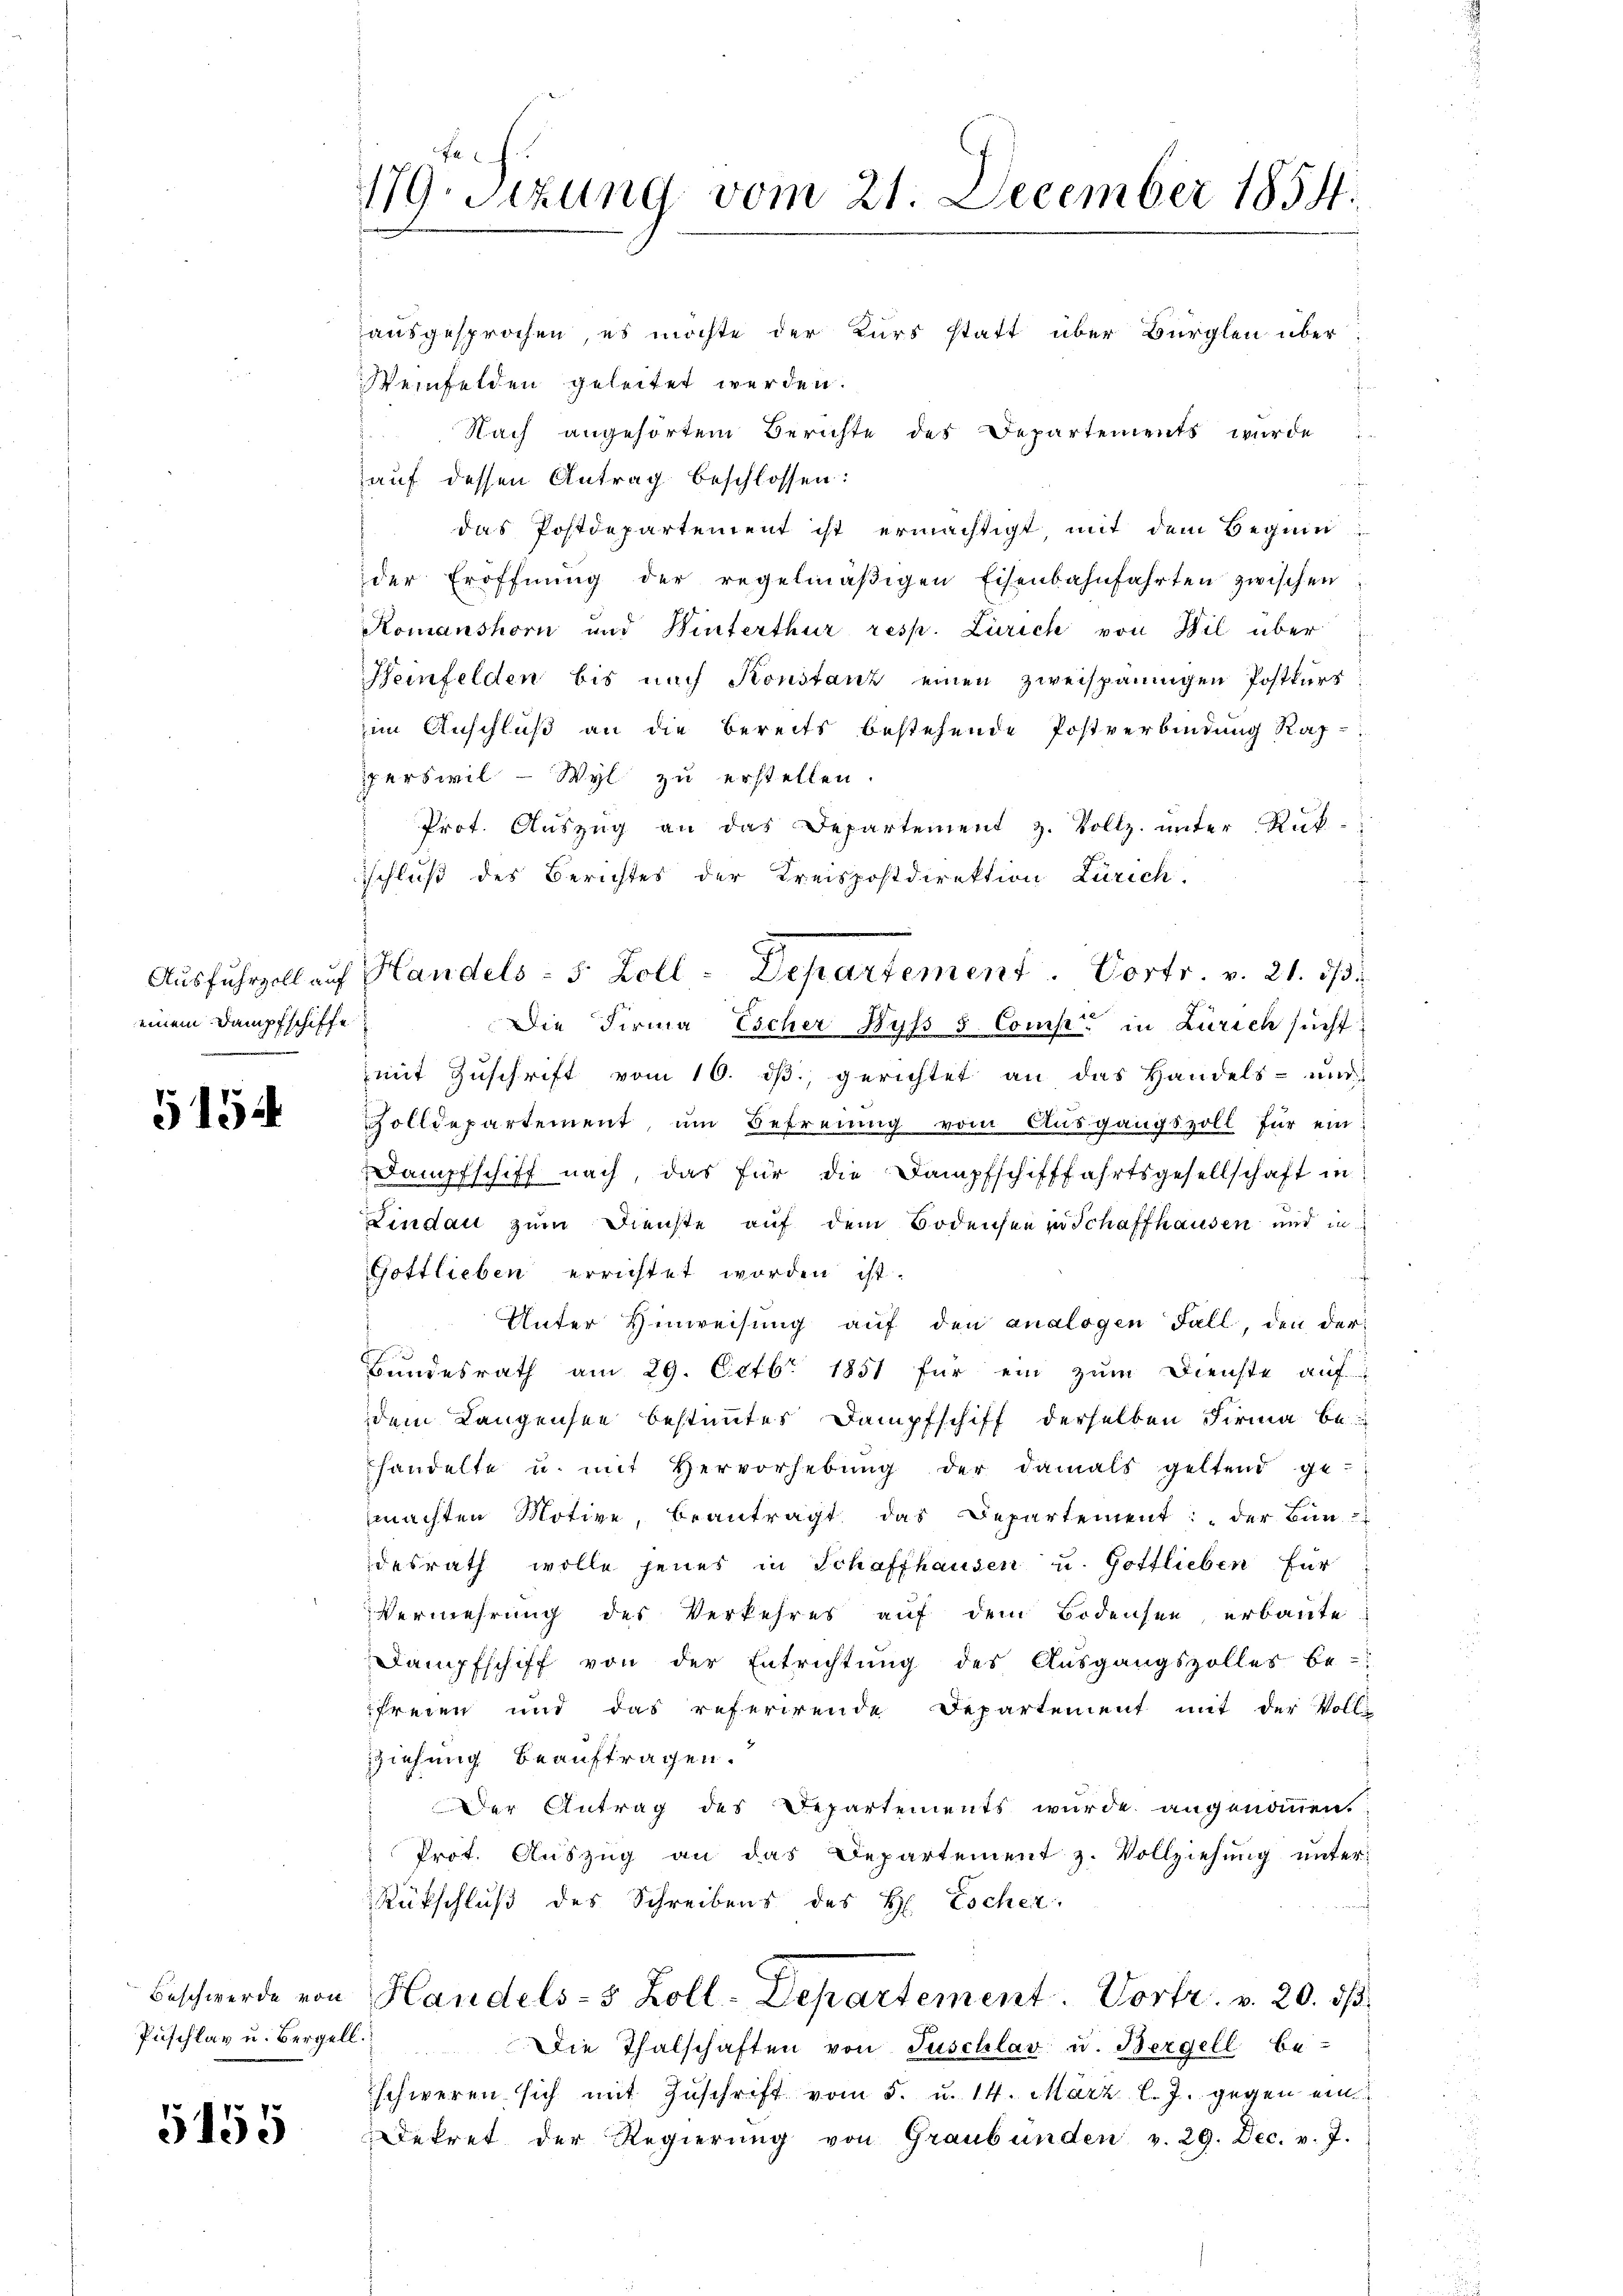
einem Dampfschiffe

5154

Puschlav u. Bergell.

5155

179. Sitzung vom 21. December 1854.

ausgesprochen, es möchte der Kurs statt über Bürglen über¬
Weinfelden geleitet werden.
 Nach angehörtem Berichte des Departements wurde
auf dessen Antrag beschlossen:

das Postdepartement ist ermächtigt mit dem Beginn
der Eröffnung der regelmäßigen Eisenbahnfahrten zwischen
Komanshorn und Winterthur resp. Zürich von Bil über
Heinfelden bis nach Konstanz einen zweispännigen Postkurs
im Anschluß an die bereits bestehende Postverbindung Kap-
perswil - Wyl zu erstellen.
" Prot. Aŭszŭg an das Departement z. Vollz. ŭnter Rük-
Schluß des Berichtes der Kreispostdirektion Zürich.
Die Firma Escher Byss 5 Comp. in Zürich sucht
mit Zŭschrift vom 16. dβ, gerichtet an das Handels- und
Zolldepartement, um Befreiung vom Ausgangszoll für ein
Dampfschiff nach, das für die Dampfschifffahrtsgesellschaft in
Lindau zum Dienste auf dem Bodensee zu Schaffhausen und in
Gottlieben errichtet worden ist.
Unter Hinweisung auf den analogen Fall, den der¬
Bundesrath am 29. Octbr 1851 für ein zum Dienste auf
dem Langensee bestimmtes Dampfschiff derselben Firma be
handelte u. mit Hervorhebŭng der damals geltend ge-
machten Motive, beantragt, das Departement: der Bun
desrath wolle jenes in Schaffhausen u. Gottlieben für
Vermehrung des Verkehres auf dem Bodensee, erbaute:
Dampfschiff von der Entrichtŭng des Aŭsgangszolles be-
freien und das referirende Departement mit der Voll-
ziehung beauftragen.
Der Antrag des Departements wurde angenommen.
Prot. Aŭszŭg an das Departement z. Vollziehŭng ŭnter-
Rückschluß des Schreibens des H. Escher
f
Beschwerde von Handels- 5 Zoll-Departement. Vortr. v. 20. dβ.
Die Thalschaften von Tuschlav u. Bergell be-
schweren sich mit Zŭschrift vom 5. u. 14. März l. J. gegen ein
Dekret der Regierŭng von Graubünden v. 29. Dec. v. J.

Aŭsfuhrzoll auf Handels- 5 Zoll-Departement. Vortr. v. 21. ds.